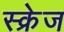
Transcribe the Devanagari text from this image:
स्क्रेज